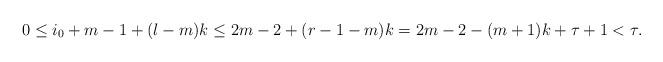
LaTeX: \begin{align*}0\le i_0+m-1+(l-m)k\le 2m-2+(r-1-m)k=2m-2-(m+1)k+\tau+1<\tau.\end{align*}